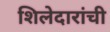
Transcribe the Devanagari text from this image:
शिलेदारांची